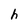
Character: h